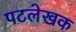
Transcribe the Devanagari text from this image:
पटलेखक